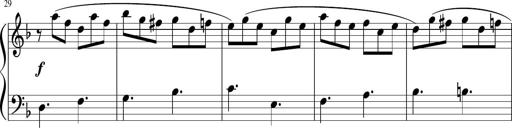
Title: 12 Keyboard Sonatinas
Composer: James Hook